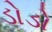
ડોડો